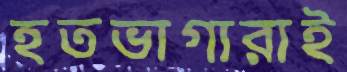
হতভাগারাই